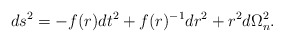
\begin{align*} ds^2 =- f(r) dt^2 +f(r)^{-1}dr^2 +r^2 d\Omega_{n}^2.\end{align*}